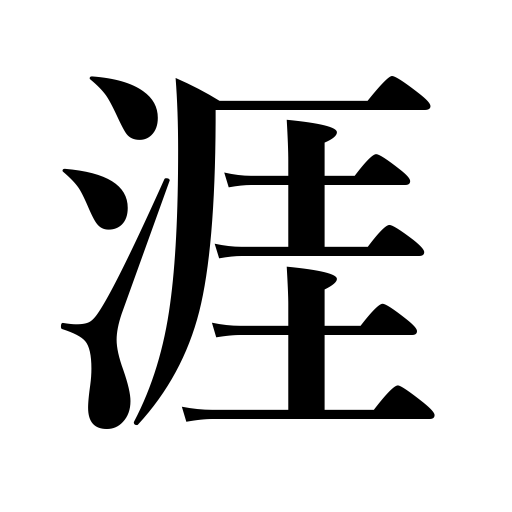
Meanings: shore